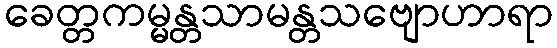
ခေတ္တကမ္မန္တသာမန္တသဗျောဟာရာ